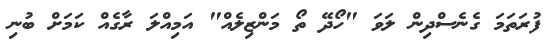
ފުރަތަމަ ގެނެސްދިން ލަވަ "ހޯދޭ ތޯ މަންޒިލެއް" އަމިއްލަ ރާގެއް ކަމަށް ބުނި